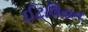
ઈટલિયન